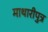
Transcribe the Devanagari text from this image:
माथारीपुत्र